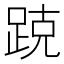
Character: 𰸑